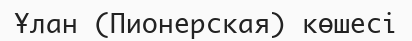
Ұлан (Пионерская) көшесі